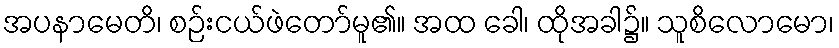
အပနာမေတိ၊ စဉ်းငယ်ဖဲတော်မူ၏။ အထ ခေါ၊ ထိုအခါ၌။ သူစိလောမော၊